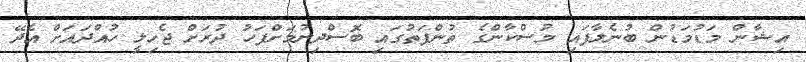
އިޝާން މަޑުމަޑުން ބުނެލާފައި މުސްކާންގެ ތުންފަތުގައި ބޮސްދިނުމަށްފަހު ދުރަށް ޖެހިލީ ހުއްދައަށް އެދޭ